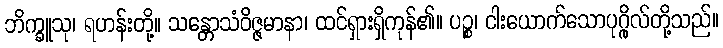
ဘိက္ခူသု၊ ရဟန်းတို့။ သန္တောသံဝိဇ္ဇမာနာ၊ ထင်ရှားရှိကုန်၏။ ပဉ္စ၊ ငါးယောက်သောပုဂ္ဂိုလ်တို့သည်။